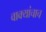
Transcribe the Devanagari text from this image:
वाक्यांचाच